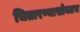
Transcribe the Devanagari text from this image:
चितारण्यासोबतच